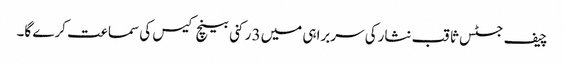
چیف جسٹس ثاقب نثارکی سربراہی میں3 رکنی بینچ کیس کی سماعت کرے گا۔